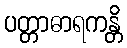
ပတ္တာဓာရကန္တိ